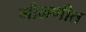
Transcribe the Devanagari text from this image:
गौळणीत